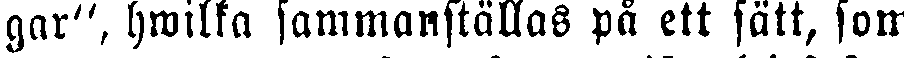
gar", hwilka sammanställas på ett sätt, som